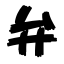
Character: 弁